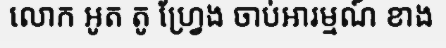
លោក អូត តូ ហ្វ្រែង ចាប់អារម្មណ៍ ខាង